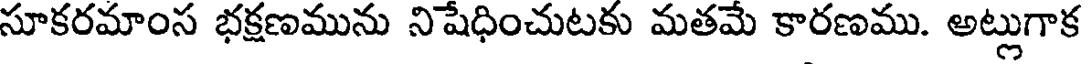
సూకరమాంస భక్షణమును నిషేధించుటకు మతమే కారణము. అట్లుగాక